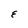
Character: E